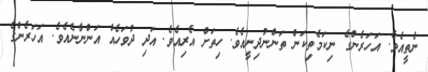
ނެތީއެވެ. އަހަރެންގެ ނިކަމެތިކަން ތަންނުދިނީއެވެ. ހިތަށް އެރިއެވެ. އަދި ދުވަހެއް އަންނާނެއެވެ. އަހަރެންގެ